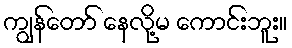
ကျွန်တော် နေလို့မ ကောင်းဘူး။